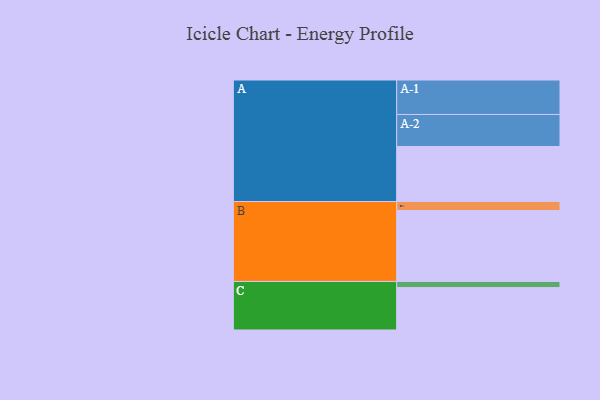
{"axis": {"x": "Segment", "y": "Value"}, "legend": ["", "A", "B", "C"], "data": [{"x": "A", "y": 450, "type": ""}, {"x": "B", "y": 580, "type": ""}, {"x": "C", "y": 347, "type": ""}, {"x": "A-1", "y": 282, "type": "A"}, {"x": "A-2", "y": 262, "type": "A"}, {"x": "B-1", "y": 74, "type": "B"}, {"x": "C-1", "y": 50, "type": "C"}]}